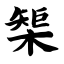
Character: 榘